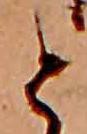
と